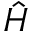
\hat { H }